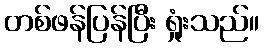
တစ်ဖန်ပြန်ပြီး ရှုံးသည်။